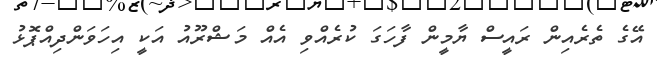
އޭގެ ތެރެއިން ރައީސް ޔާމީން ފާހަގަ ކުރެއްވި އެއް މަޝްރޫއު އަކީ އިހަވަންދިއްޕޮޅު